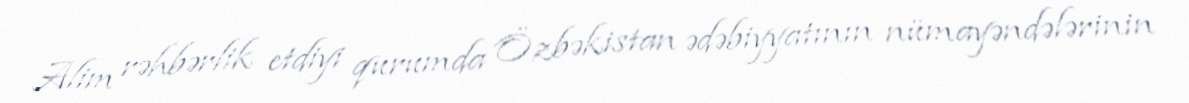
Alim rəhbərlik etdiyi qurumda Özbəkistan ədəbiyyatının nümayəndələrinin